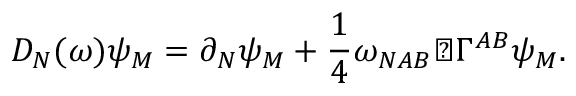
D _ { N } ( \omega ) \psi _ { M } = \partial _ { N } \psi _ { M } + \frac { 1 } { 4 } \omega _ { N A B } \diamondsuit \Gamma ^ { A B } \psi _ { M } .